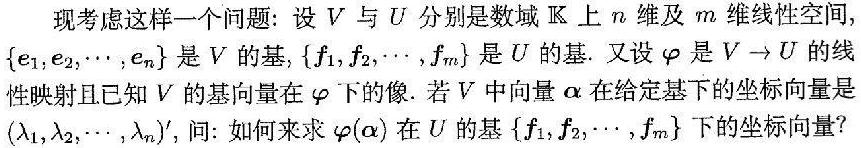
现考虑这样一个问题：设$V$与$U$分别是数域$\mathbb{K}$上$n$维及$m$维线性空间，$\{e_1,e_2,\cdots,e_n\}$是$V$的基，$\{f_1,f_2,\cdots,f_m\}$是$U$的基. 又设$\varphi$是$V\to U$的线性映射且已知$V$的基向量在$\varphi$下的像. 若$V$中向量$\alpha$在给定基下的坐标向量是$(\lambda_1,\lambda_2,\cdots,\lambda_n)'$，问：如何来求$\varphi(\alpha)$在$U$的基$\{f_1,f_2,\cdots,f_m\}$下的坐标向量？